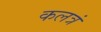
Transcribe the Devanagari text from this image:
कलत्रं